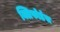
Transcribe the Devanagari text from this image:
क्लिफोर्डस